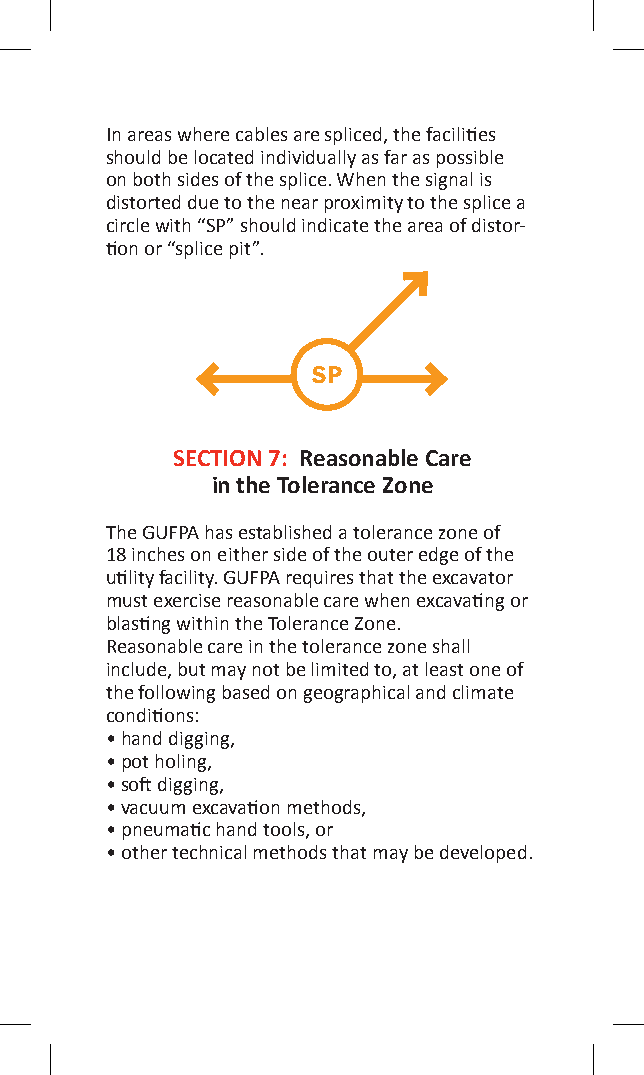
In areas where cables are spliced, the facilities
 should be located individually as far as possible
 on both sides of the splice. When the signal is
 distorted due to the near proximity to the splice a
 circle with “SP” should indicate the area of distor-
 tion or “splice pit”.
 SP
 SECTION 7: Reasonable Care
 in the Tolerance Zone
 The GUFPA has established a tolerance zone of
 18 inches on either side of the outer edge of the
 utility facility. GUFPA requires that the excavator
 must exercise reasonable care when excavating or
 blasting within the Tolerance Zone.
 Reasonable care in the tolerance zone shall
 include, but may not be limited to, at least one of
 the following based on geographical and climate
 conditions:
 • hand digging,
 • pot holing,
 • soft digging,
 • vacuum excavation methods,
 • pneumatic hand tools, or
 • other technical methods that may be developed.